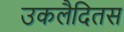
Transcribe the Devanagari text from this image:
उकलैदितस